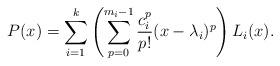
LaTeX: \begin{align*}P(x)=\sum\limits_{i=1}^k\left(\sum\limits_{p=0}^{m_i-1} \dfrac{c_i^p}{p!} (x-\lambda_i)^p\right) L_i(x).\end{align*}